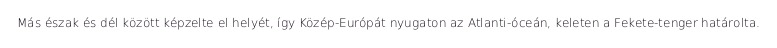
Más észak és dél között képzelte el helyét, így Közép-Európát nyugaton az Atlanti-óceán, keleten a Fekete-tenger határolta.